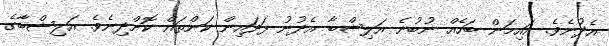
އެދުނެވެ. އައިމަން ބަހެއް ނުބުނެ އަލިޝްބާ އެދުނު ފަދައިން ކަންތައް ކޮށްދިނެވެ. އަލިޝްބާގެ